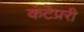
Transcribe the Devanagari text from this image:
कंटेप्ररी